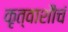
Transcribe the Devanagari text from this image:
कृत्वाशौचं